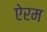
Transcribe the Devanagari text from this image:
ऐरम